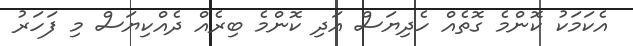
އެކަމަކު ކޮންމެ ގޮތެއް ހެދިޔަސް އަދި ކޮންމެ ބިރެއް ދެއްކިޔަސް މި ފަހަރު